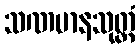
သဏမာနသုတ္တံ